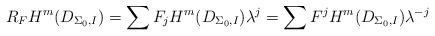
LaTeX: \begin{align*} R_FH^m(D_{\Sigma_0,I})=\sum F_jH^m(D_{\Sigma_0,I})\lambda^{j}=\sum F^jH^m(D_{\Sigma_0,I})\lambda^{-j}\end{align*}